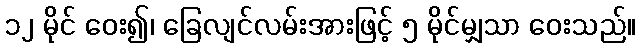
၁၂ မိုင် ဝေး၍၊ ခြေလျင်လမ်းအားဖြင့် ၅ မိုင်မျှသာ ဝေးသည်။